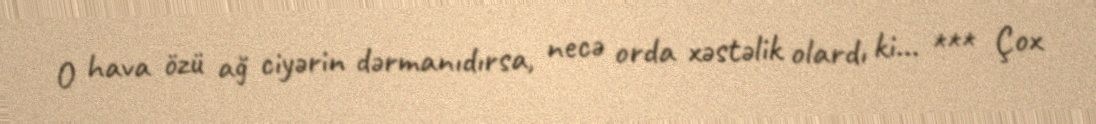
O hava özü ağ ciyərin dərmanıdırsa, necə orda xəstəlik olardı ki… *** Çox